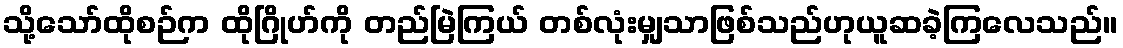
သို့သော်ထိုစဉ်က ထိုဂြိုဟ်ကို တည်မြဲကြယ် တစ်လုံးမျှသာဖြစ်သည်ဟုယူဆခဲ့ကြလေသည်။